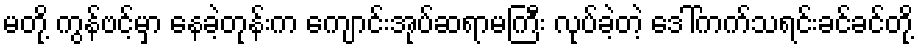
မတို့ ကွန်ဗင့်မှာ နေခဲ့တုန်းက ကျောင်းအုပ်ဆရာမကြီး လုပ်ခဲ့တဲ့ ဒေါ်ကက်သရင်းခင်ခင်တို့